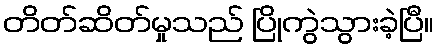
တိတ်ဆိတ်မှုသည် ပြိုကွဲသွားခဲ့ပြီ။